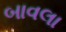
બાવલા